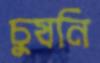
চুষনি